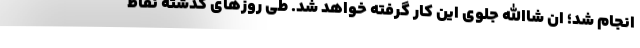
انجام شد؛ ان شاالله جلوی این کار گرفته خواهد شد. طی روزهای گذشته نقاط